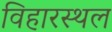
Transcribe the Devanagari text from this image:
विहारस्थल